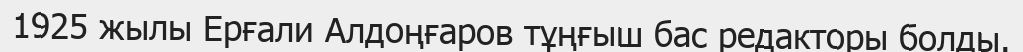
1925 жылы Ерғали Алдоңғаров тұңғыш бас редакторы болды.